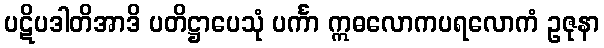
ပဋိပဒါတိအာဒိ ပတိဋ္ဌာပေသုံ ပင်္ကာ ဣဓလောကပရလောကံ ဥဇုနာ